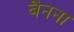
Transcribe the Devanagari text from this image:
बैनना